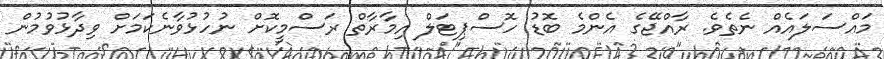
މައްސަލައެއް ނެތެވެ. ރާއްޖޭގެ އެންމެ ބޮޑު ހޮސްޕިޓަލް އިމާރާތް ރަސްމީކޮށް ނުހުޅުވާނެކަމަށް ވިދާޅުވުމުން